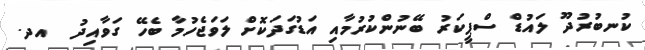
ކުނބުރުދޫ ލައުޑް ސްޕީކަރު ބޭނުންކުރުމާއި އަޑުގަދަކޮށް ލަވަޖެހުމާ ބެހޭ ގަވާއިދު  އދ.